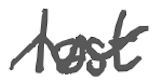
Text: last
Cross-out: wave
Writing tool: digital_gray